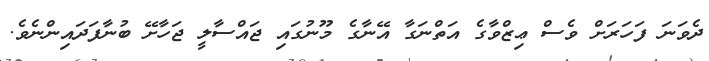
ދެވަނަ ފަހަރަށް ވެސް ޢިޒްވާގެ އަތްނަގާ އޭނާގެ މޫނުގައި ޖައްސާލީ ޖަހާށޭ ބުނާފަދައިންނެވެ.